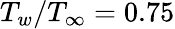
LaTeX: T_{w}/T_{\infty}=0.75